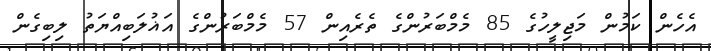
އެހެން ކަމުން މަޖިލީހުގެ 85 މެމްބަރުންގެ ތެރެއިން 57 މެމްބަރުންގެ އަޣުލަބިއްޔަތު ލިބިގެން